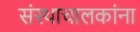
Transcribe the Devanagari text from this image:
संस्थाचालकांना